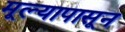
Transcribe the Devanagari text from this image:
मूल्यापासून